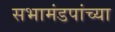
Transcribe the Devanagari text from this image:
सभामंडपांच्या